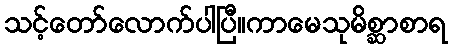
သင့်တော်လောက်ပါပြီ။ကာမေသုမိစ္ဆာစာရ